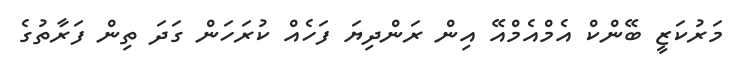
މަރުކަޒީ ބޭންކް އެމްއެމްއޭ އިން ރަންދިޔަ ފަހެއް ކުރަހަން ގަދަ ތިން ފަރާތުގެ